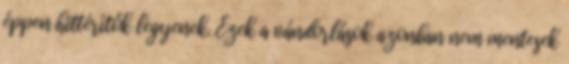
éppen hittérítők legyenek. Ezek a vándorlások azonban nem mentesek